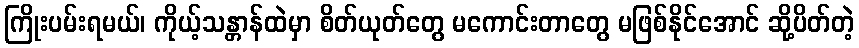
ကြိုးပမ်းရမယ်၊ ကိုယ့်သန္တာန်ထဲမှာ စိတ်ယုတ်တွေ မကောင်းတာတွေ မဖြစ်နိုင်အောင် ဆို့ပိတ်တဲ့